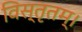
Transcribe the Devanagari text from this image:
विस्तृतम्।